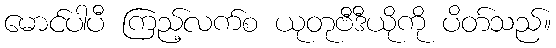
မောင်ပါပီ ကြည့်လက်စ ယုတုဗီဒီယိုကို ပိတ်သည်။